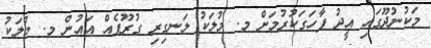
މަކުނުދޫގައި އީދު ފާހަގަކުރުމަށް މ. މުލަކު ލަނގިރި ގުރޫޕެއް އައުން މ. މުލަކު